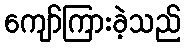
ကျော်ကြားခဲ့သည်